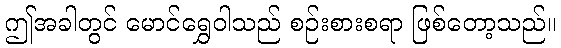
ဤအခါတွင် မောင်ရွှေဝါသည် စဉ်းစားစရာ ဖြစ်တော့သည်။